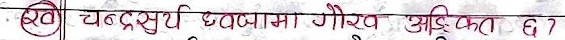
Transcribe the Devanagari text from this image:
ख) चन्द्रसूर्य झण्डामा गौरव अङ्कित छ ?